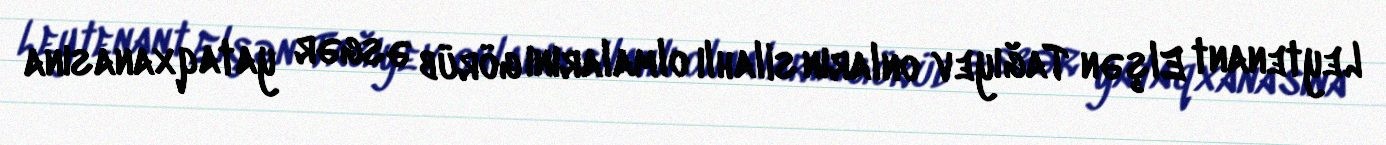
Leytenant Elşən Tağıyev onların silahlı olmalarını görüb əsgər yataqxanasına